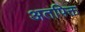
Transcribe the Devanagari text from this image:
अतपिक्त